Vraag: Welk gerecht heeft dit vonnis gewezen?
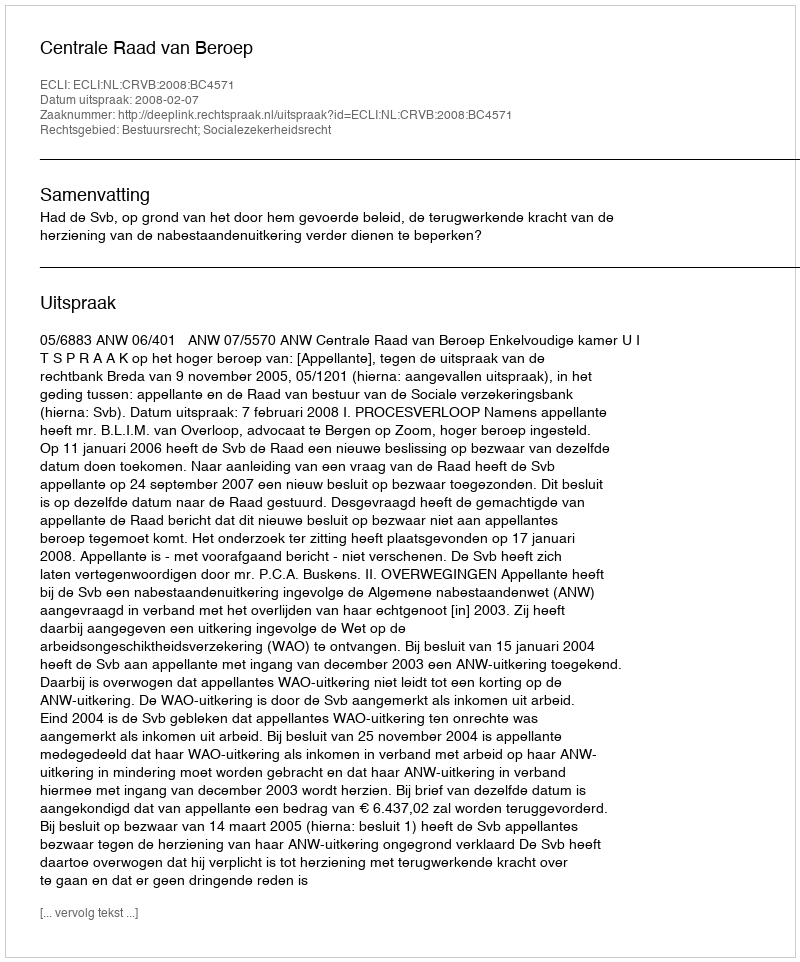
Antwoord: Centrale Raad van Beroep